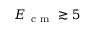
E _ { \mathrm { ~ c ~ m ~ } } \gtrsim 5